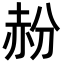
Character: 𬦁